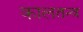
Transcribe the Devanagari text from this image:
कालतन्त्र